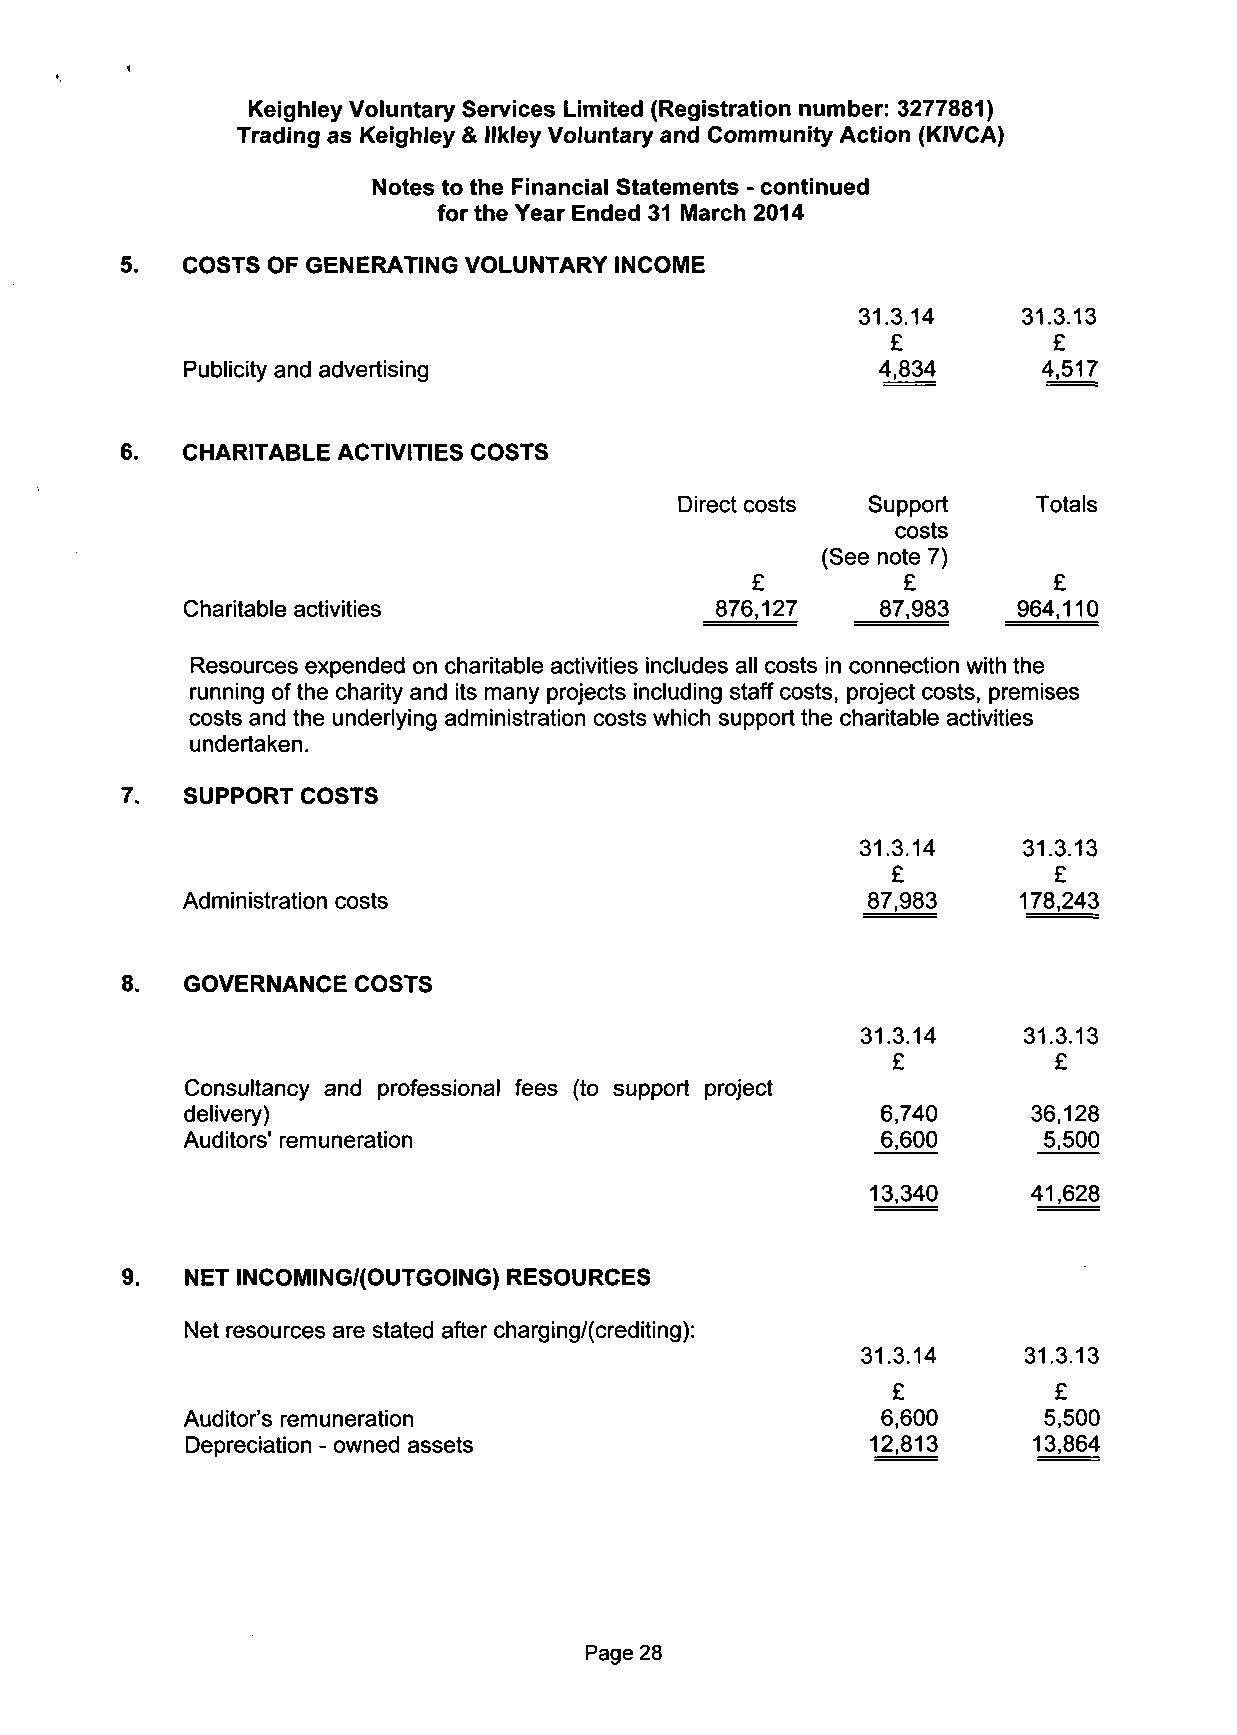
i
 Keighley Voluntary Services Limited (Registration number: 3277881)
 Trading as Keighley & llkley Voluntary and Community Action (KIVCA)
 Notes to the Financial Statements - continued
 for the Year Ended 31 March 2014
 5.  COSTS  OF GENERATING VOLUNTARY INCOME
 31.3.14    31.3.13
 £         £
 Publicity and advertising                     4,834     4,517
 6.  CHARITABLE ACTIVITIES COSTS
 Direct costs Support    Totals
 costs
 (See note 7)
 £         £         £
 Charitable activities              876,127    87,983   964,110
 Resources expended on charitable activities includes all costs in connection with the
 running of the charity and its many projects including staff costs, project costs, premises
 costs and the underlying administration costs which support the charitable activities
 undertaken.
 SUPPORT COSTS
 31.3.14    31.3.13
 £          £
 Administration costs                         87,983    178,243
 8.  GOVERNANCE  COSTS
 31.3.14    31.3.13
 £          £
 Consultancy and professional fees (to support project
 delivery)                                     6,740     36,128
 Auditors' remuneration                        6,600      5,500
 13,340    41,628
 9.  NET INCOMING/(OUTGOING) RESOURCES
 Net resources are stated after charging/(crediting):
 31.3.14    31.3.13
 £          £
 Auditor's remuneration                        6,600      5,500
 Depreciation - owned assets                   12,813    13,864
 Page 28